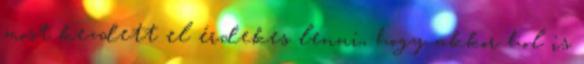
most kezdett el érdekes lenni, hogy akkor hol is